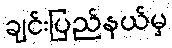
ချင်းပြည်နယ်မှ